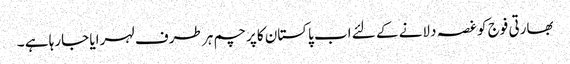
بھارتی فوج کو غصہ دلانے کے لئے اب پاکستان کا پرچم ہر طرف لہرایا جارہا ہے ۔